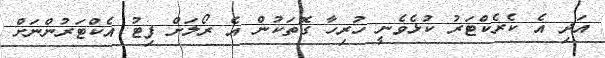
އަދި އެ ކެރެކްޓަރު ކުޅެވެނީ ހުރިހާ ގޮތަކުން އެ ރޯލަށް ފިޓު އެކްޓަރުންނަށް